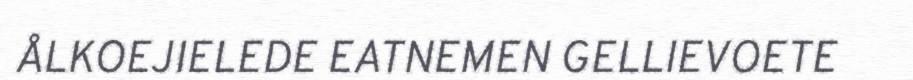
ÅLKOEJIELEDE EATNEMEN GELLIEVOETE